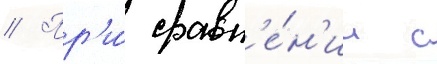
// Пр'и́ сравн'е́н'ии с